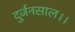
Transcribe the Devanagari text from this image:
दुर्जनसाल।।